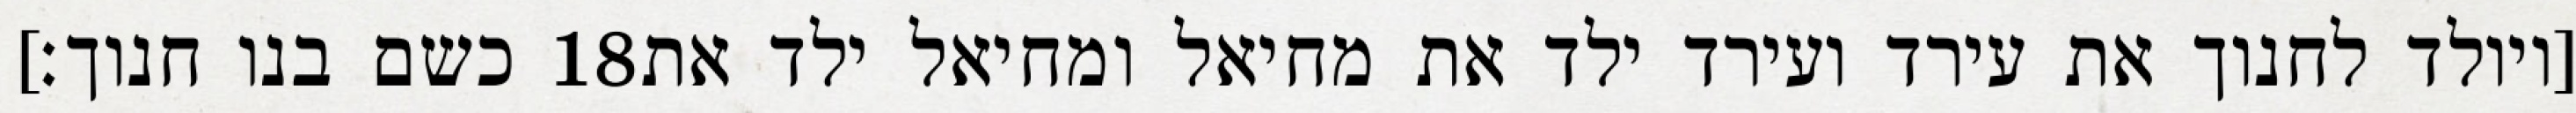
כשם בנו חנוך׃] ‎18‏ [ויולד לחנוך את עירד ועירד ילד את מחיאל ומחיאל ילד את